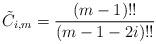
LaTeX: \begin{align*} \tilde C_{i, m} = \frac{(m - 1)!!}{(m - 1 - 2i)!!}\end{align*}